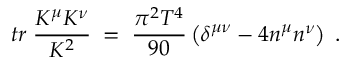
t r \; \frac { K ^ { \mu } K ^ { \nu } } { K ^ { 2 } } \; = \; \frac { \pi ^ { 2 } T ^ { 4 } } { 9 0 } \left( \delta ^ { \mu \nu } - 4 n ^ { \mu } n ^ { \nu } \right) \; .